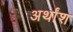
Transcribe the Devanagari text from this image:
अर्थांश